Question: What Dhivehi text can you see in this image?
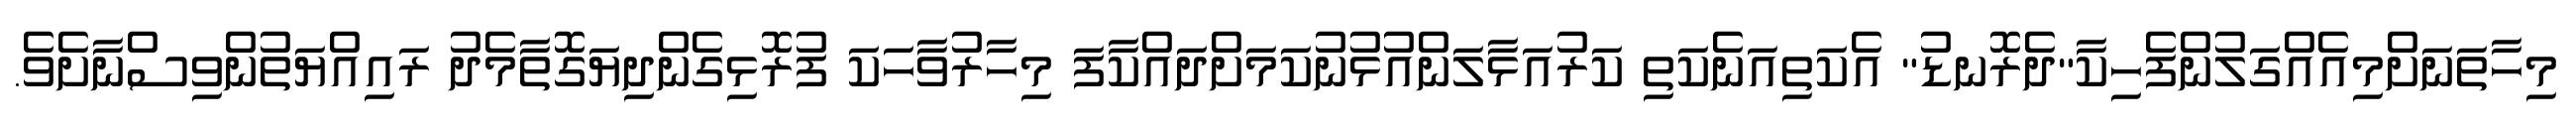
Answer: މިހާތަނަށްމިއެއްގަލުންފެހިކާ"ދެރޮނޑު" އެކަތިއަނެކަތި ކަރުއަޅާލަންއުޅުނުކަމަށްދައްކާފަ މިހާރުވާހަކަ ފުރޮޅިގެންދިޔަގޮތާމެދު ރައިއްޔަތުންވިސްނާށެވެ.